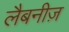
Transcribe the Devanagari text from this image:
लैबनीज़